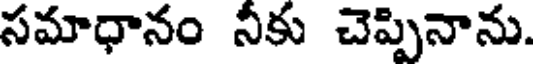
సమాధానం నీకు చెప్పినాను.